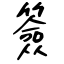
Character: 簽